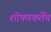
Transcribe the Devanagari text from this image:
शोषणकर्तेच